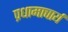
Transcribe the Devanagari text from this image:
प्रधामाचार्य